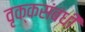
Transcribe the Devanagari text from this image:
वृक्कसंबंधी